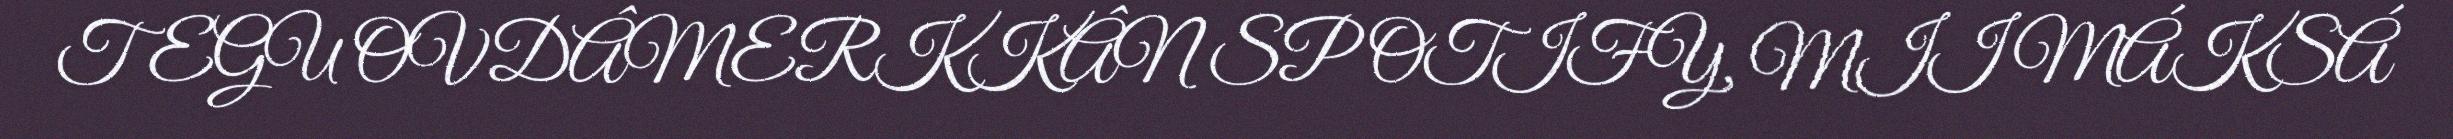
TEGU OVDÂMERKKÂN SPOTIFY, MII MÁKSÁ